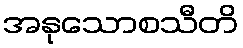
အနုသောစသီတိ